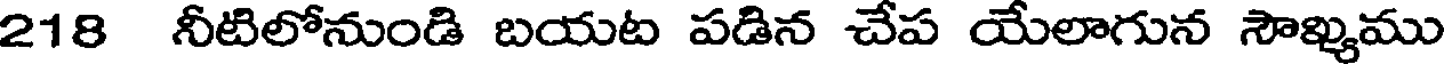
218 నీటిలోనుండి బయట పడిన చేప యేలాగున సౌఖ్యము